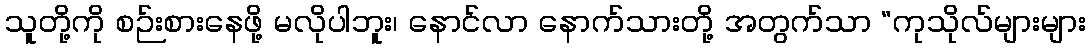
သူတို့ကို စဉ်းစားနေဖို့ မလိုပါဘူး၊ နောင်လာ နောက်သားတို့ အတွက်သာ “ကုသိုလ်များများ